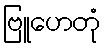
ဗြူဟေတုံ